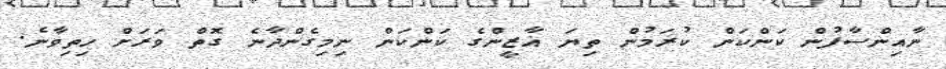
ނާއިންސާފުން ކަންކަން ކުރަމުން ތިޔަ ޣާޒީންގެ ކަންކަން ނިމިގެންދާނެ ގޮތް ވަރަށް ހިތިވާނެ.